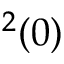
^ 2 ( 0 )